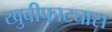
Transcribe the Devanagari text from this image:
खुबीफाट्यास